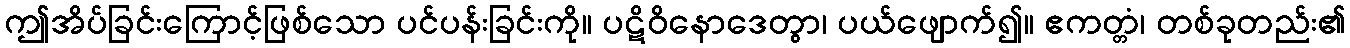
ဤအိပ်ခြင်းကြောင့်ဖြစ်သော ပင်ပန်းခြင်းကို။ ပဋိဝိနောဒေတွာ၊ ပယ်ဖျောက်၍။ ဧကတ္တံ၊ တစ်ခုတည်း၏